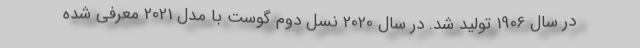
در سال 1906 تولید شد. در سال 2020 نسل دوم گوست با مدل 2021 معرفی شده